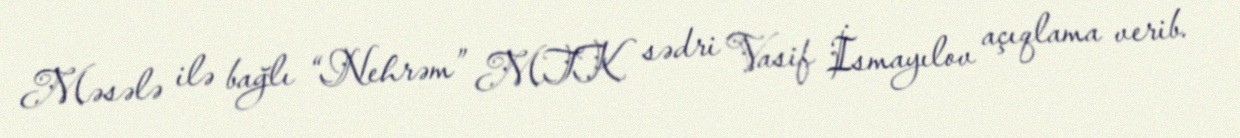
Məsələ ilə bağlı “Nehrəm” MTK sədri Vasif İsmayılov açıqlama verib.